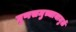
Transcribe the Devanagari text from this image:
गुणसमुच्चायामुळें